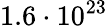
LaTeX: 1.6\cdot 10^{23}